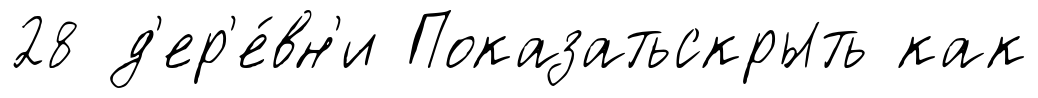
28 д'ер'е́вн'и Показатьскрыть как